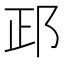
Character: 𨚣